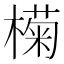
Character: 𣚭